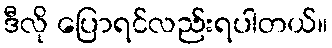
ဒီလို ပြောရင်လည်းရပါတယ်။